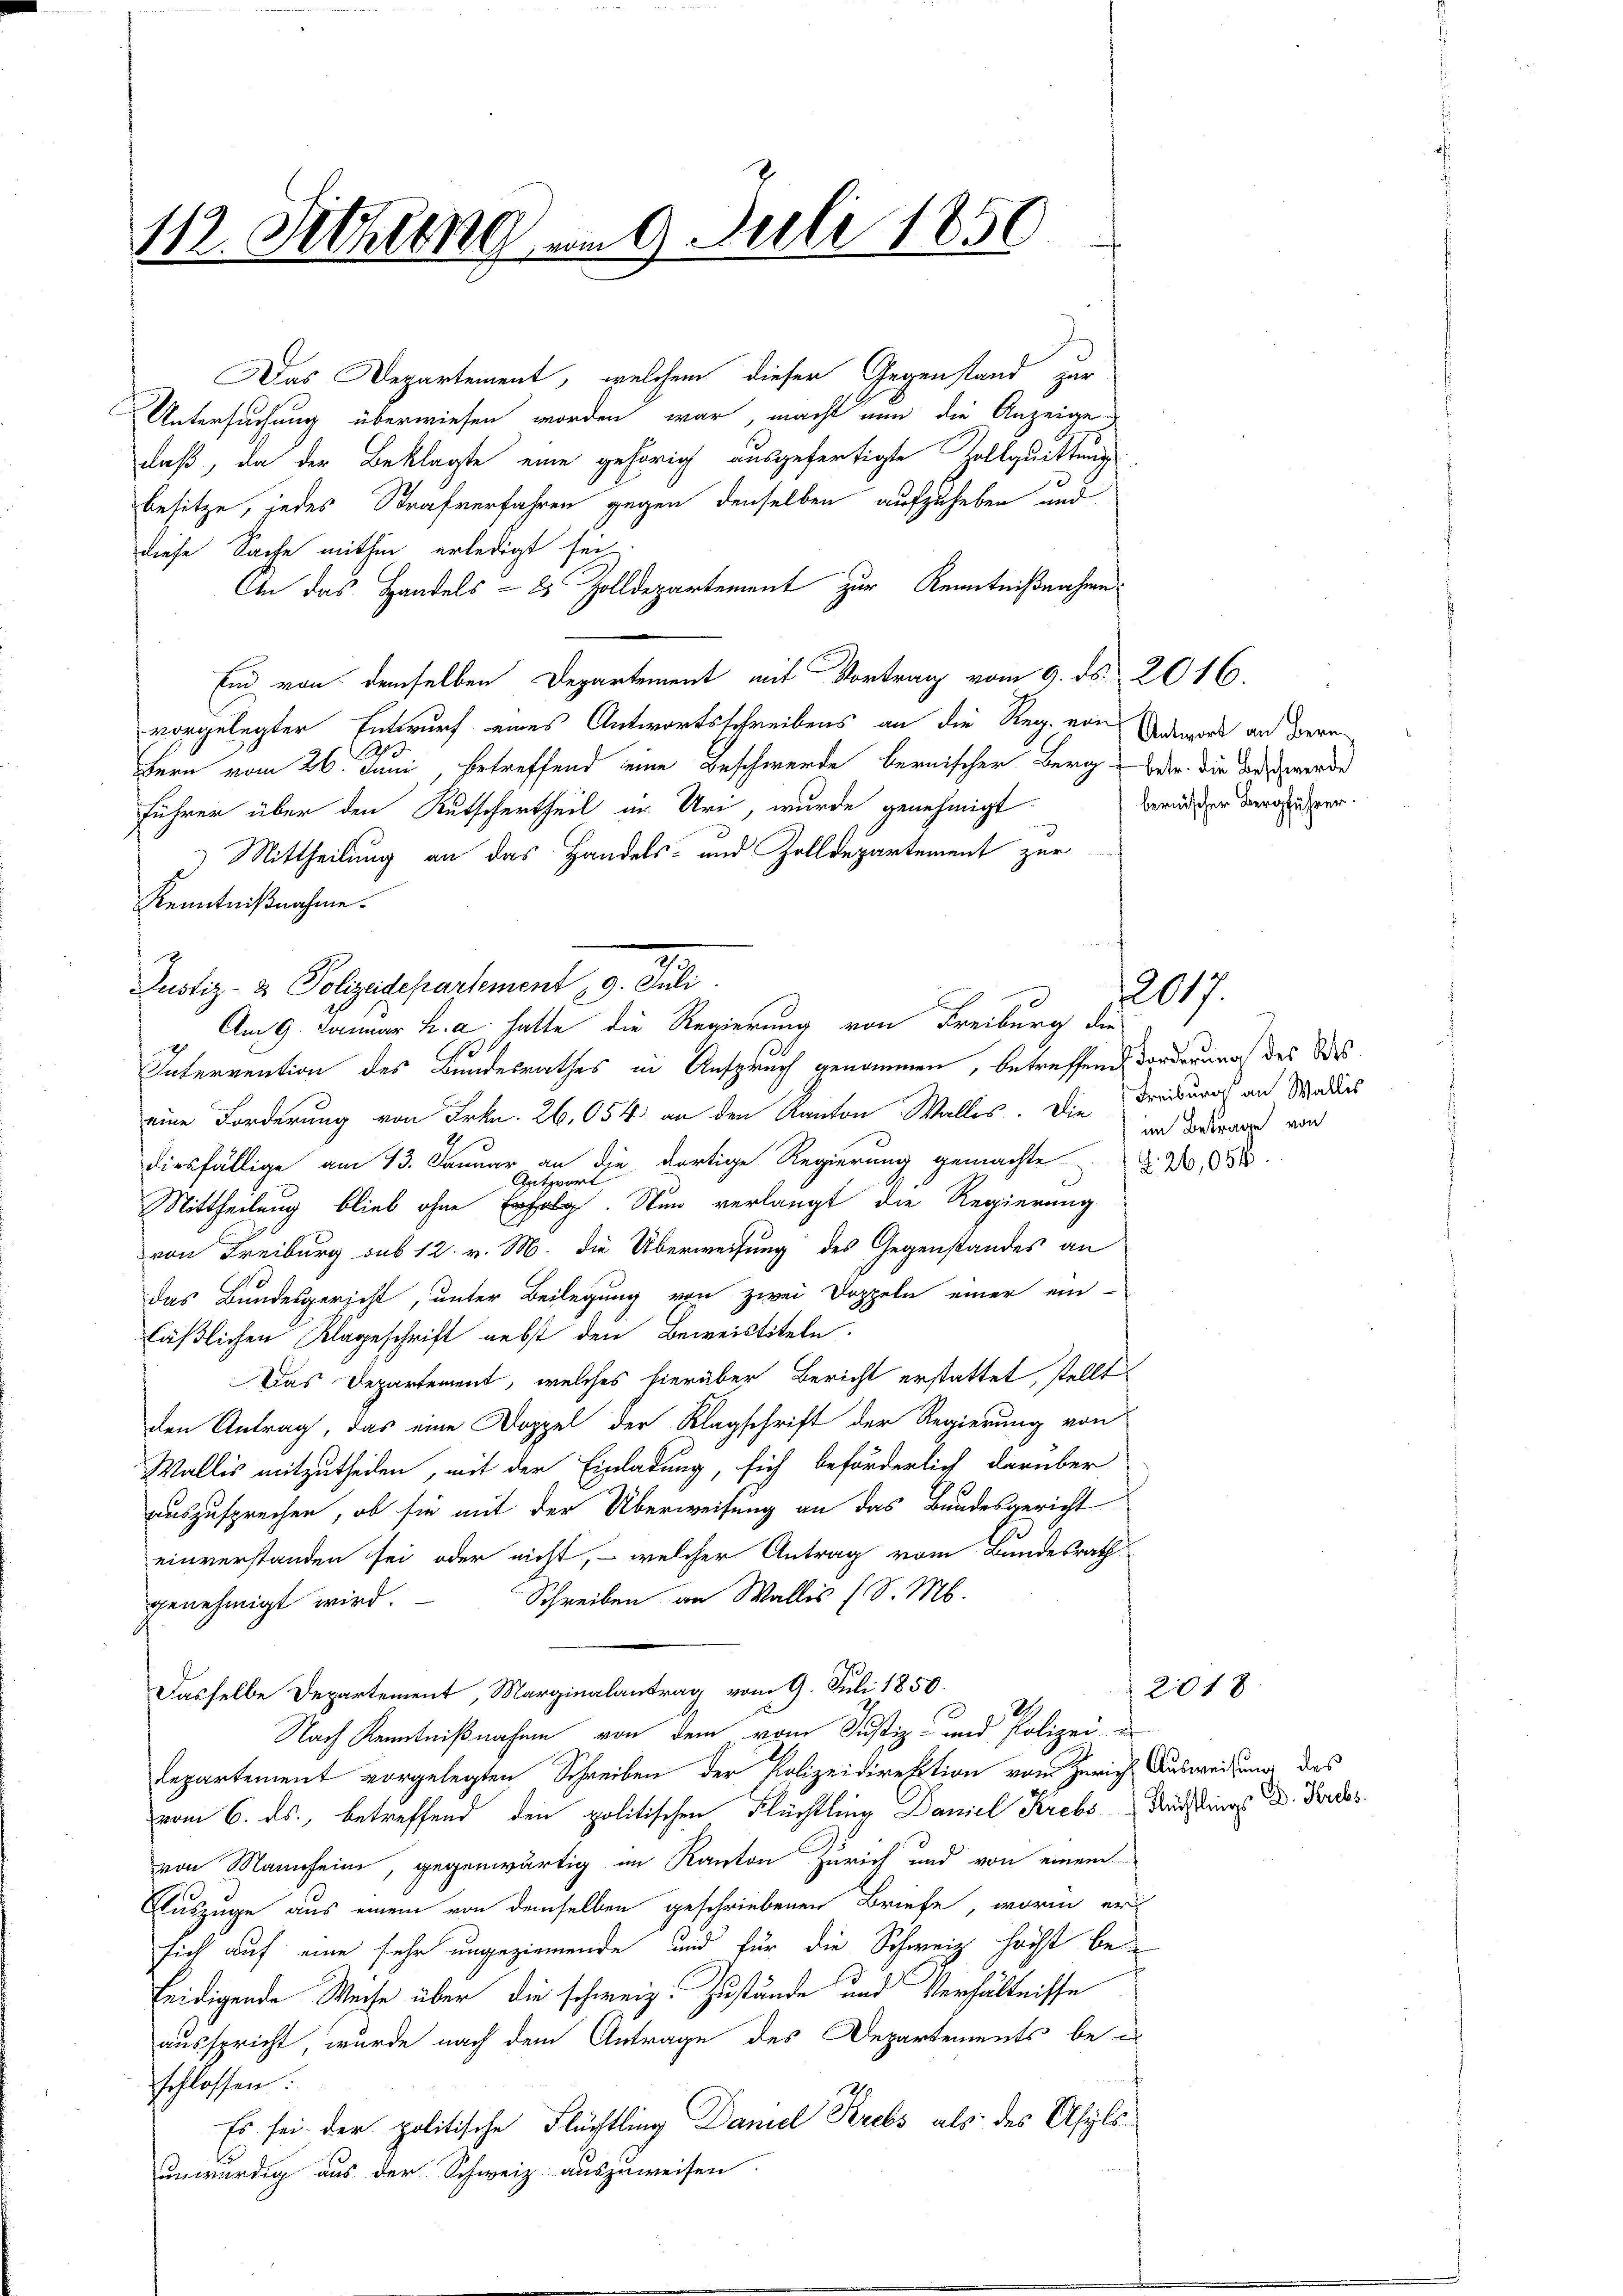
112. Sitzung am 9. Juli 1850

Das Departement, welchem dieser Gegenstand zur
Untersuchung überwiesen worden war, macht nun die Anzeige
daß, da der Beklagte eine gehörig ausgefertigte Zollquittungs
besitze, jedes Strafverfahren gegen denselben aufzuheben und
diese Sache mithin erledigt sei
An das Handels- 2 Zolldepartement zur Kenntnißnahme
End von demselben Departement mit Vortrag vom 9. ds. 2016.
vorgelegter Entwurf eines Antwortsschreibens an die Reg. von Anwart an deren
e
hern vom 26. Juni betreffend eine Beschwerde bernischer Berg betr. die Beschwerde
Führer über den Rutschertheil in Uri, wurde genehmigt.
Mittheilung an das Handels- und Zolldepartement zur
Kenntnißnahme.
i
Interrention des Bundesrathes in Anspruch genommen, betreffend Forderung des deseine Forderung von Frkn. 26,054 an den Kanton Wallis. Die
diesfällige am 13. Januar an die dortige Regierung gemachte § 20,834
Mittheilung blieb ohne u. Nun verlangt die Regierung
von Freiburg sub 12. v. M. die Überweisung des Gegenstandes an
das Bundesgericht, unter Beilegung von zwei Doppeln einer ein-
läßlichen Klageschrift nebst den Beweistiteln.
Das Departement, welches hierüber Bericht erstattet, stellt
den Antrag, das eine Doppel der Klagschrift der Regierung von
Wallis mitzutheilen, mit der Einladung, sich beförderlich darüber
auszusprechen, ob sie mit der Überweisung an das Bundesgericht
einverstanden sei oder nicht, - welcher Antrag vom Bundesrath
Schreiben an Wallis (S. M.
genehmigt wird.
Dasselbe Departement, Marginalantrag vom 9. Juli 1850.
Nach Kenntnißnahme von dem vom Justiz- und Polizei-
lepartement vorgelegten Schreiben der Polizeidirektion vom Zürich Ausweisung des
vom 6. ds., betreffend den politischen Flüchtling Daniel Krebs Nächtings D. Fordes
von Mannheim, gegenwärtig im Kanton Zürich und von einem
Auszüge aus einem von demselben geschriebenen Briefe, worin er
sich auf eine sehr ungeziemende und für die Schweiz höchst bei
teidigende Weise über die schweiz. Zustände und Verhältnisse
ausspricht, wurde nach dem Antrage des Departements be-
schlossen:
Es sei der politische Flüchtling Damel Krebs als des Asylsunwürdig aus der Schweiz auszuweisen.

Justiz- & Polizeidepartement 9. Juli

e
Am 9. Januar h. a. hatte die Regierung von Freiburg die

bernischer Bergführer.

2017.

Freiburg an Wallis
im Betrage von

2018.